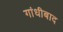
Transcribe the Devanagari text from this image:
गांधीबाद